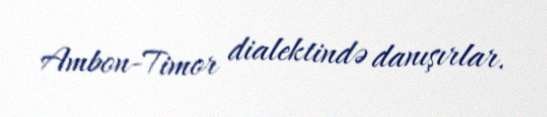
Ambon-Timor dialektində danışırlar.